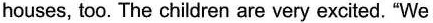
houses, too. The children are very excited. "We